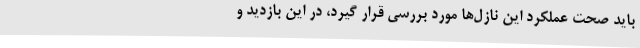
باید صحت عملکرد این نازل‌ها مورد بررسی قرار گیرد، در این بازدید و